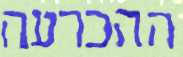
ההכרעה